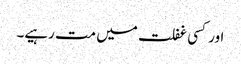
اور کسی غفلت میں مت رہیے۔